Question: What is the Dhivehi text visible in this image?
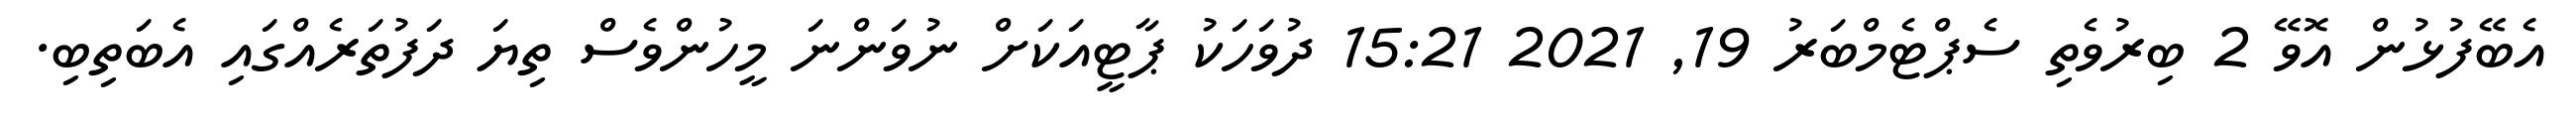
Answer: އެބޭފުޅުން އޮވޭ 2 ބިރުވެތި ސެޕްޓެމްބަރު 19, 2021 15:21 ދުވަހަކު ޕާޓީއަކަށް ނުވަންނަ މީހުންވެސް ތިޔަ ދަފުތަރެއްގައި އެބަތިބި.